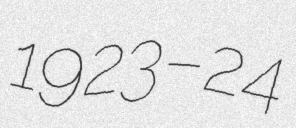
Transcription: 1923–24